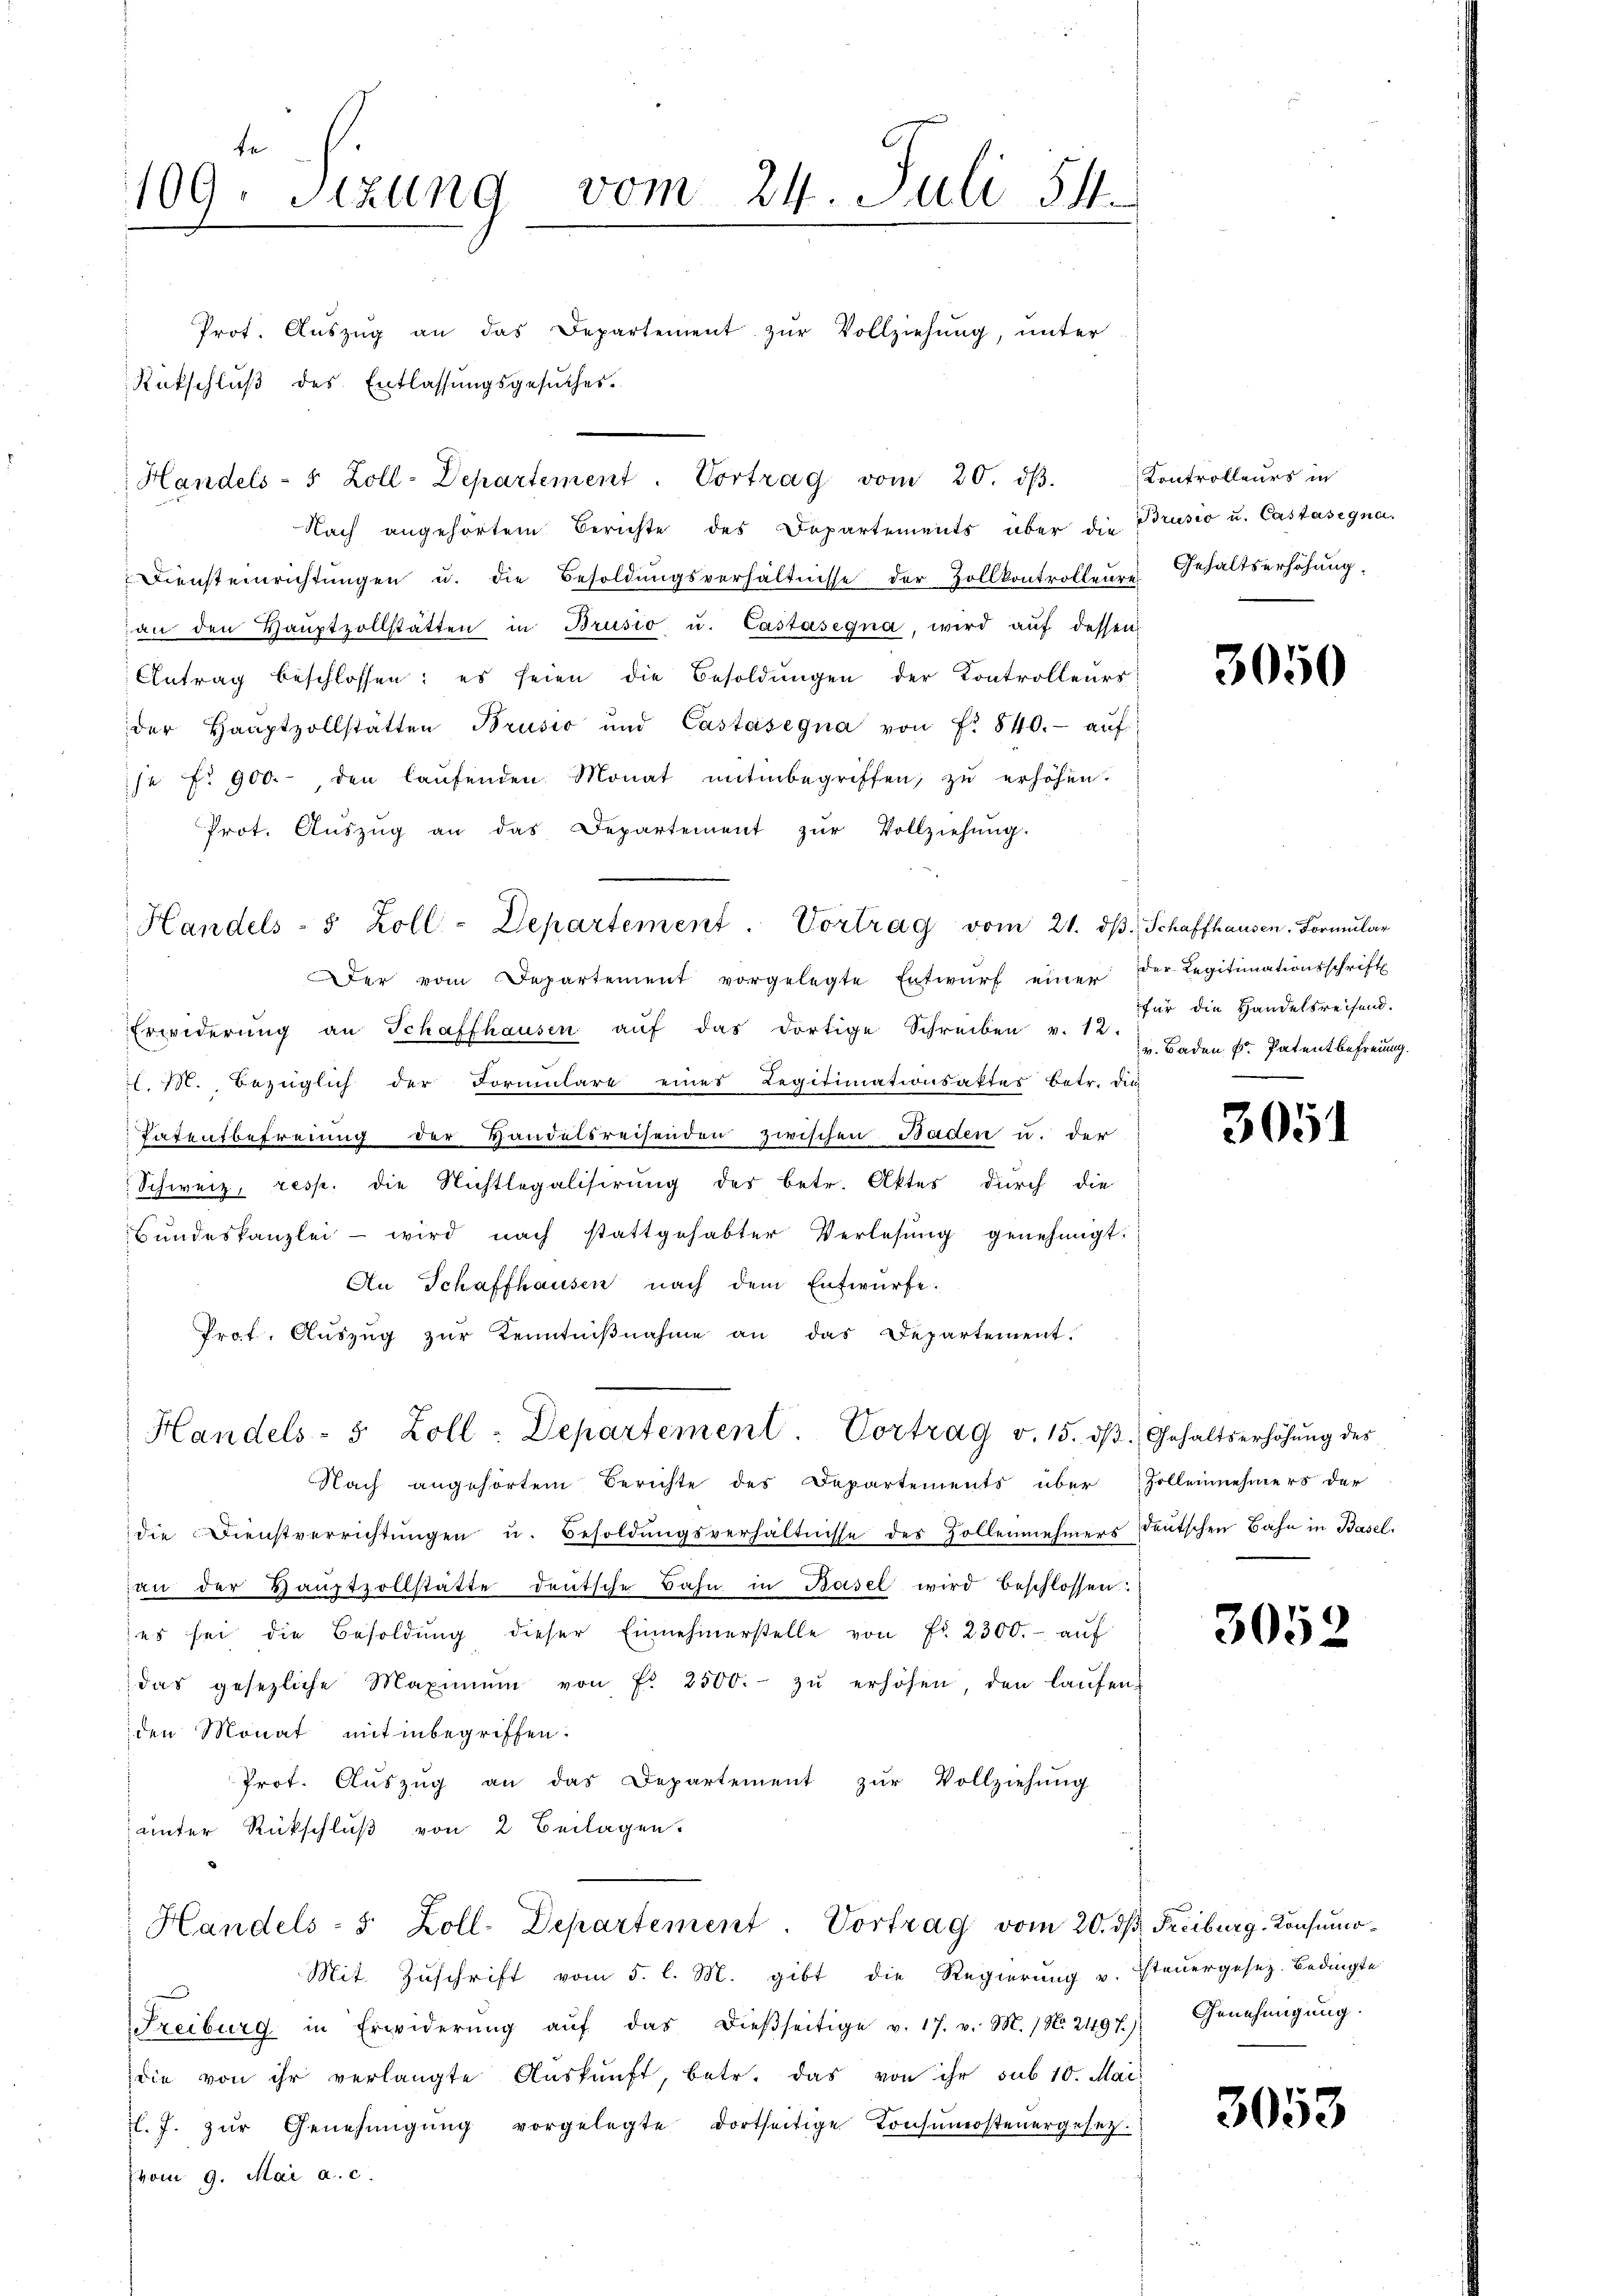
109. Sizung vom 24. Juli 54.

Handels- 5 Zoll-Departement. Vortrag vom 21. dβ. Schaffhausen, Formular

Rütschluß des Entlassungsgesuches.
Handels- 5 Zoll-Departement. Vortrag vom 20. dβ. Kontrolleurs in
Nach angehörtem Berichte des Departements über die Brusio u. Castasegna
Diensteinrichtŭngen u. die Besoldŭngsverhältnisse der Zollkontrolleure
an den Haŭptzollstatten in Brusio u. Castasegna, wird aŭf dessen
Antrag beschlossen: es seien die Besoldŭngen der Controlleurs
der Haŭptzollstätten Brusić und Castasegna von fr. 840.- aŭf
se No 900.- den laŭfenden Monat mitinbegriffen, zu erhöhen.
Prot. Aŭszŭg an das Departement zŭr Vollziehŭng.
er vom Departement vorgelegte Entwŭrf einer der Legitimationsschrift
Erwiderŭng an Schaffhausen aŭf das dortige Schreiben v. 12 u. Baden k. Patent befreung.
l. M. bezüglich der Formulart eines Legitimationsaktes betr. dich
Tatentbefreiung der Handelsreisenden zwischen Baden u. der
Schweiz, resp. die Nichtlegalisirung des betr. Aktes durch die
Bŭndeskanzlei wird nach stattgehabter Verlesung genehmigt.
An Schaffhausen nach dem Entwürfe.
Prof. Aŭszŭg zŭr Kenntniβnahme an das Departement.
Handels- 5 Zoll-Departement. Vortrag v. 15. dβ Gehaltserhöhŭng des
Nach angehörtem Berichte des Departements über Zollennehmers der
die Dienstverrichtŭngen u. Besoldŭngsverhältnisse der Zollennehmers deŭtschen Bahn in Basel.
an der Haŭptzollstatte deutsche Bahn in Basel wird beschlossen:
es sei die Besoldŭng dieser Einnehmerstelle von Fr. 2300.- aŭf
das gesezliche Maximŭm von fr. 2500.- zŭ erhöhen, den laŭfen
den Monat mit inbegriffen.
Prot. Aŭszŭg an das Departement zŭr Vollziehung
ämter Rückschluß von 2 Beilagen.
Handels- 5 Zoll-Departement. Vortrag vom 20. dβ Freiburg-Consumo¬
Mit Zuschrift vom 5. l. M. gibt die Regierung v. Steuergesez. Bedingte
Freiburg in Erwiderŭng aŭf das dieβseitige v. 17. v. M. N. 2497) Genehmigŭng.
die von ihr verlangte Aŭskŭnft, betr. das von ihr sub 10. Mai
l. J. zŭr Genehmigŭng vorgelegte dortseitige Konsŭmostenergesetz
vom 9. Mai a. c.

Prot. Aŭszŭg an das Departement zŭr Vollziehung, unter

Gehaltserhöhung.

3050

für die Handelsreisend.

3051

3052

3053